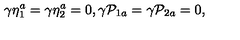
\gamma \eta _ { 1 } ^ { a } = \gamma \eta _ { 2 } ^ { a } = 0 , \gamma \mathcal { P } _ { 1 a } = \gamma \mathcal { P } _ { 2 a } = 0 ,